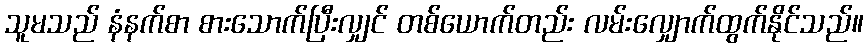
သူမသည် နံနက်စာ စားသောက်ပြီးလျှင် တစ်ယောက်တည်း လမ်းလျှောက်ထွက်နိုင်သည်။